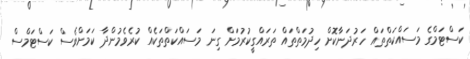
ކަސްޓަމްގެ މަސައްކަތްތައް ހަރުދަނާކޮށް ހިދުމަތްތައް ތަރައްގީކުރުމަށް ގިނަ މަސައްކަތްތަކެއް ކުރެވެމުންދާ ކަމަށްވެސް ކަސްޓަމްސް